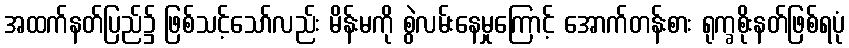
အထက်နတ်ပြည်၌ ဖြစ်သင့်သော်လည်း မိန်းမကို စွဲလမ်းနေမှုကြောင့် အောက်တန်းစား ရုက္ခစိုးနတ်ဖြစ်ရပုံ